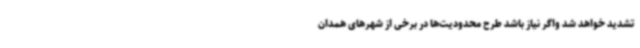
تشدید خواهد شد واگر نیاز باشد طرح محدودیت‌ها در برخی از شهرهای همدان